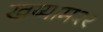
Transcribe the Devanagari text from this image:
खय्याम२९